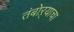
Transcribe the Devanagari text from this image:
तंबोऱ्याचा